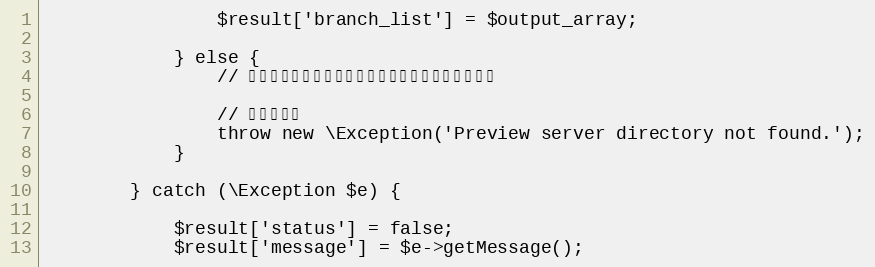
Language: PHP
				$result['branch_list'] = $output_array;

			} else {
				// プレビューサーバのディレクトリが存在しない場合

				// エラー処理
				throw new \Exception('Preview server directory not found.');
			}

		} catch (\Exception $e) {

			$result['status'] = false;
			$result['message'] = $e->getMessage();